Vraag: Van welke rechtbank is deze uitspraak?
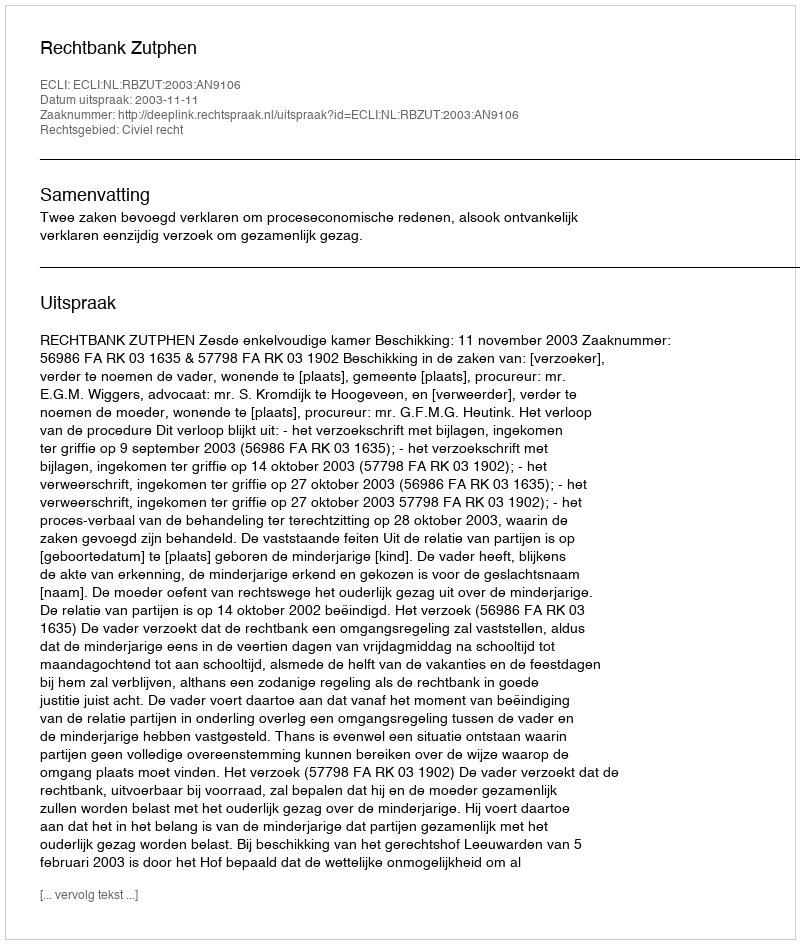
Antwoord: Rechtbank Zutphen